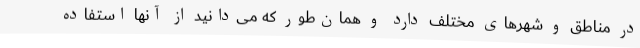
در مناطق و شهرهای مختلف دارد و همان‌طور که می‌دانید از آنها استفاده